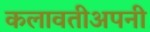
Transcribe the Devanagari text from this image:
कलावतीअपनी